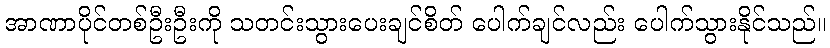
အာဏာပိုင်တစ်ဦးဦးကို သတင်းသွားပေးချင်စိတ် ပေါက်ချင်လည်း ပေါက်သွားနိုင်သည်။